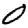
Digit: 0